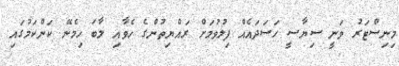
މިނިސްޓަރު ވަނީ ސިޔާސީ ހަސަދައެއް ފިލުވުމަށް ރައްޔިތުންގެ ހެވާއި ލާބަ ހިމެނޭ ކަންކަމުގައި